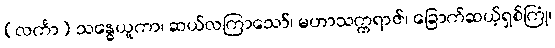
(လင်္ကာ) သန္ဓေယူကာ၊ ဆယ်လကြာသော်၊ မဟာသက္ကရာဇ်၊ ခြောက်ဆယ့်ရှစ်ကြုံ၊